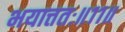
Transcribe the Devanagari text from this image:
भयात्ततः॥११॥